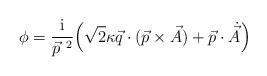
LaTeX: \begin{align*}\phi = \frac{\rm i}{\vec p^{~2}} \Bigl( \sqrt{2} \kappa \vec q \cdot (\vec p\times \vec A) + \vec p \cdot \dot{\vec A }\Bigr)\end{align*}